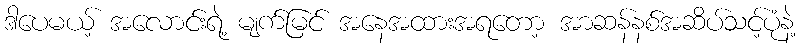
ဒါပေမယ့် အလောင်းရဲ့ မျက်မြင် အနေအထားအရတော့ အာဆန်နစ်အဆိပ်သင့်ပုံနဲ့